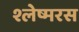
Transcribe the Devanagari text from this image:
श्लेष्मरस